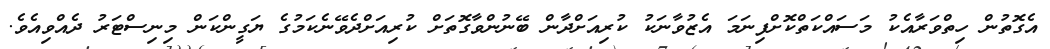
އެގޮތުން ހިތްވަރާއެކު މަސައްކަތްކޮށްފިނަމަ އެޒުވާނަކު ކުރިއަށްދާން ބޭނުންވާގޮތަށް ކުރިއަށްދެވޭނެކަމުގެ ޔަގީންކަން މިނިސްޓަރު ދެއްވިއެވެ.